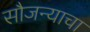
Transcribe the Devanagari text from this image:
सौजन्याचा